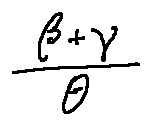
\frac { \beta + \gamma } { \theta }